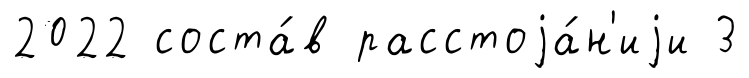
2022 соста́в расстоjа́н'иjи 3